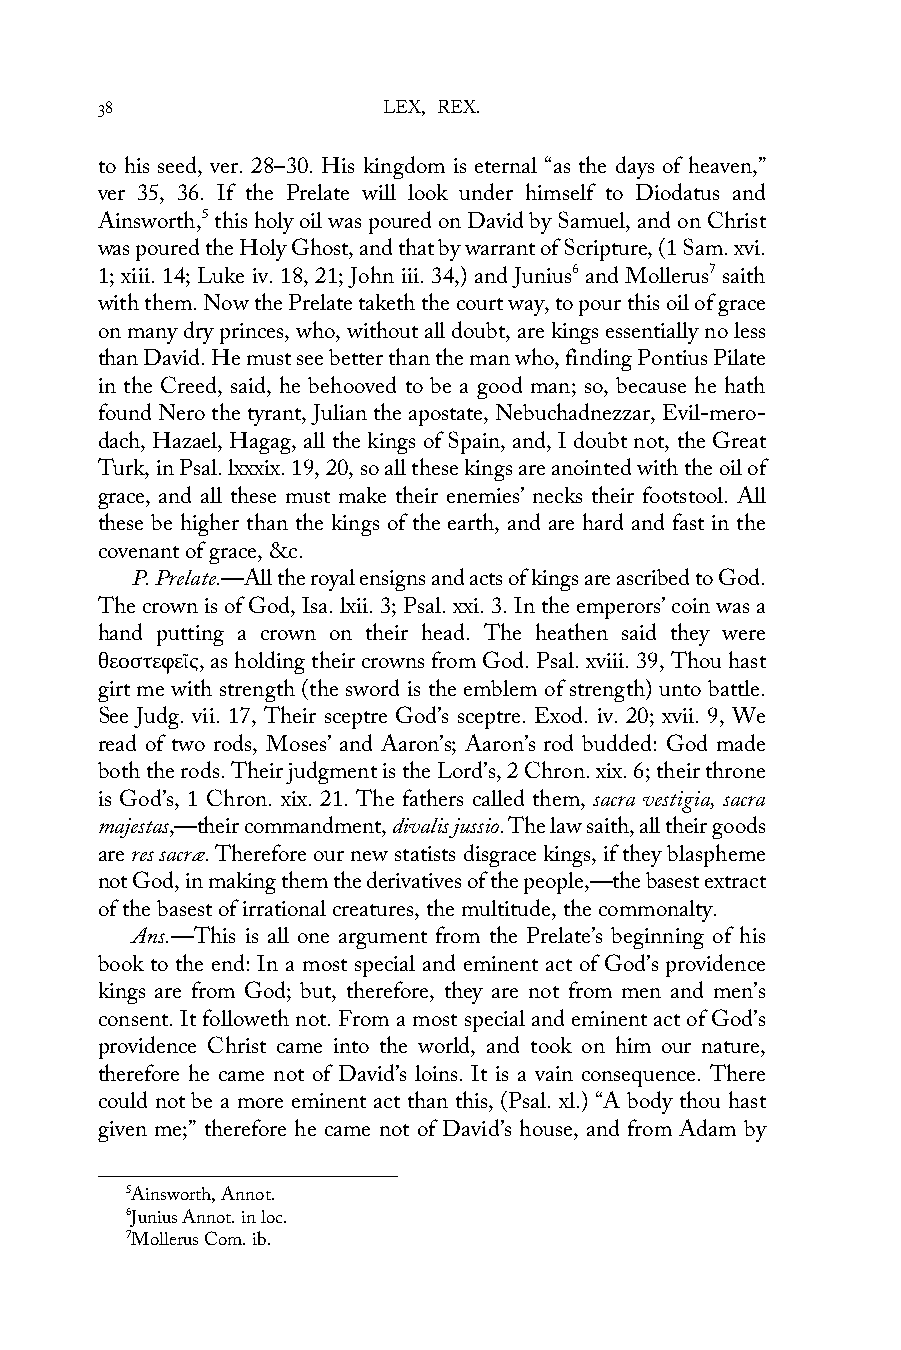
38                 LEX, REX.
 to his seed, ver. 28–30. His kingdom is eternal “as the days of heaven,”
 ver 35, 36. If the Prelate will look under himself to Diodatus and
 Ainsworth,5 this holy oil was poured on David by Samuel, and on Christ
 was poured the Holy Ghost, and that by warrant of Scripture, (1 Sam. xvi.
 1; xiii. 14; Luke iv. 18, 21; John iii. 34,) and Junius6 and Mollerus7 saith
 with them. Now the Prelate taketh the court way, to pour this oil of grace
 on many dry princes, who, without all doubt, are kings essentially no less
 than David. He must see better than the man who, finding Pontius Pilate
 in the Creed, said, he behooved to be a good man; so, because he hath
 found Nero the tyrant, Julian the apostate, Nebuchadnezzar, Evil-mero-
 dach, Hazael, Hagag, all the kings of Spain, and, I doubt not, the Great
 Turk, in Psal. lxxxix. 19, 20, so all these kings are anointed with the oil of
 grace, and all these must make their enemies’ necks their footstool. All
 these be higher than the kings of the earth, and are hard and fast in the
 covenant of grace, &c.
 P. Prelate.—All the royal ensigns and acts of kings are ascribed to God.
 The crown is of God, Isa. lxii. 3; Psal. xxi. 3. In the emperors’ coin was a
 hand putting a crown on their head. The heathen said they were
 θεοστεφεῖς, as holding their crowns from God. Psal. xviii. 39, Thou hast
 girt me with strength (the sword is the emblem of strength) unto battle.
 See Judg. vii. 17, Their sceptre God’s sceptre. Exod. iv. 20; xvii. 9, We
 read of two rods, Moses’ and Aaron’s; Aaron’s rod budded: God made
 both the rods. Their judgment is the Lord’s, 2 Chron. xix. 6; their throne
 is God’s, 1 Chron. xix. 21. The fathers called them, sacra vestigia, sacra
 majestas,—their commandment, divalis jussio. The law saith, all their goods
 are res sacræ. Therefore our new statists disgrace kings, if they blaspheme
 not God, in making them the derivatives of the people,—the basest extract
 of the basest of irrational creatures, the multitude, the commonalty.
 Ans.—This is all one argument from the Prelate’s beginning of his
 book to the end: In a most special and eminent act of God’s providence
 kings are from God; but, therefore, they are not from men and men’s
 consent. It followeth not. From a most special and eminent act of God’s
 providence Christ came into the world, and took on him our nature,
 therefore he came not of David’s loins. It is a vain consequence. There
 could not be a more eminent act than this, (Psal. xl.) “A body thou hast
 given me;” therefore he came not of David’s house, and from Adam by
 5Ainsworth, Annot.
 6Junius Annot. in loc.
 7Mollerus Com. ib.